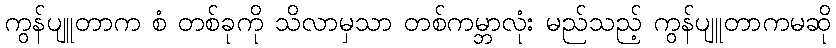
ကွန်ပျူတာက စံ တစ်ခုကို သိလာမှသာ တစ်ကမ္ဘာလုံး မည်သည့် ကွန်ပျူတာကမဆို